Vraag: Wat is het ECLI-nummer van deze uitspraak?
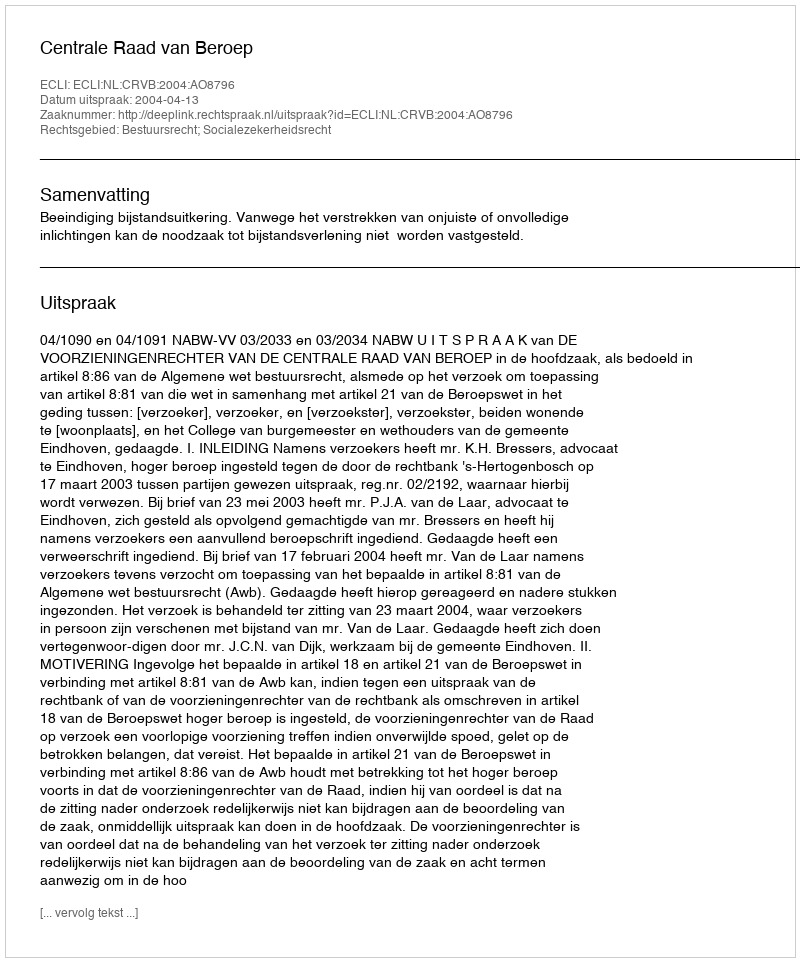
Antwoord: ECLI:NL:CRVB:2004:AO8796